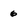
Character: 6